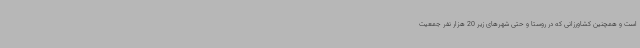
است و همچنین کشاورزانی که در روستا و حتی شهرهای زیر 20 هزار نفر جمعیت